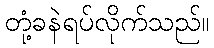
တုံ့ခနဲရပ်လိုက်သည်။